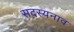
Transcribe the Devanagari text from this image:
सदस्यनाव